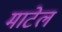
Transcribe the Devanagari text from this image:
माटेल